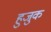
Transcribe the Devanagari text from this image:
हुजुक